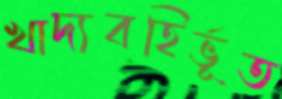
খাদ্যবহির্ভূত